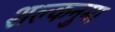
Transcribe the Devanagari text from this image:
शल्कनुमा